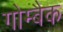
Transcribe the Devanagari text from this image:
गोम्बैक